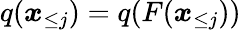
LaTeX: q(\boldsymbol x_{\le j})=q(F(\boldsymbol x_{\le j}))